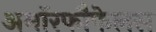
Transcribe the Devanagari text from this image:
अमॉरफौफेलस